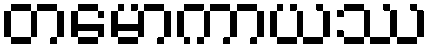
တမောကာယဿ